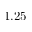
1 . 2 5